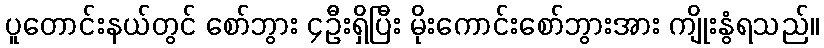
ပူတောင်းနယ်တွင် စော်ဘွား ၄ဦးရှိပြီး မိုးကောင်းစော်ဘွားအား ကျိုးနွံရသည်။